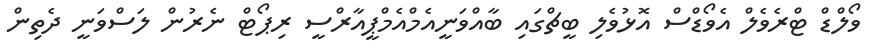
ވޯލްޑް ޓްރެވެލް އެވޯޑްސް އޮޅުވެލި ބީޗްގައި ބާއްވަނީއެމްއެމްޕީއާރްސީ ރިޕޯޓް ނެރުން ލަސްވަނީ ދެތިން